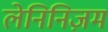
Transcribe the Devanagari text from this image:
लेनिनिज़म